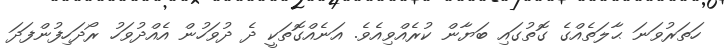
ހަތަރުވަނަ ޙާލަތެއްގެ ގޮތުގައި ބަޔާން ކުރެއްވިއެވެ. އަނެއްގޮތަކީ ދެ ދުވަހުން އެއްދުވަހު ރޯދަހިފުންފަދަ